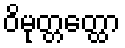
ဝိမုတ္တတ္ထော